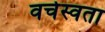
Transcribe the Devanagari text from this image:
वर्चस्वता